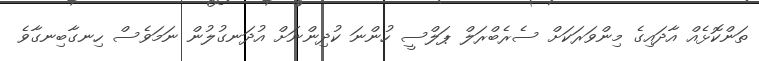
ތަންކޮޅެއް އާދައިގެ މިންވަރަކަށް ސެރެބްރަލް ޕަލްސީ ހުންނަ ކުދިންނަށް އުދަނގުލުން ނަމަވެސް ހިނގާބިނގާވެ